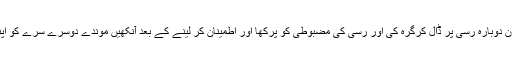
کنڈے میں گرہ دینے کے بعداس نے تمام وزن دوبارہ رسّی پر ڈال کرگرہ کی اور رسّی کی مضبوطی کو پرکھا اور اطمینان کر لینے کے بعد آنکھیں موندے دوسرے سرے کو اپنی گردن میں پھنسا کر پھندے کو کسنے لگا۔